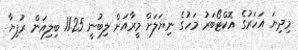
މިދިޔަ އަހަރުގެ އޮކްޓޯބަރު މަހުގެ ނިޔަލަށް މީރާއަށް ލިބުނީ 11.25 ބިލިއަން ރުފިޔާ